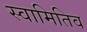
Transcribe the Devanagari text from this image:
स्वामितिव